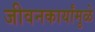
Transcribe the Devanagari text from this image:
जीवनकार्यांमुळे